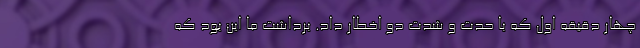
چهار دقیقه اول که با حدت و شدت دو اخطار داد. برداشت ما این بود که